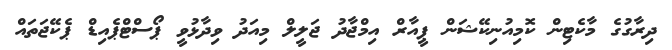
ދިރާގުގެ މާކެޓިން ކޮމިއުނިކޭޝަން ޕީއާރް އިމްޖާދު ޖަލީލް މިއަދު ވިދާޅުވީ ޕޯސްޓްޕެއިޑް ޕެކޭޖަތައް